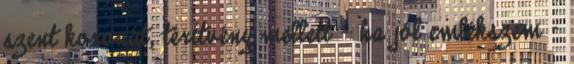
szent koronát, térítvény mellett - ha jól emlékszem -